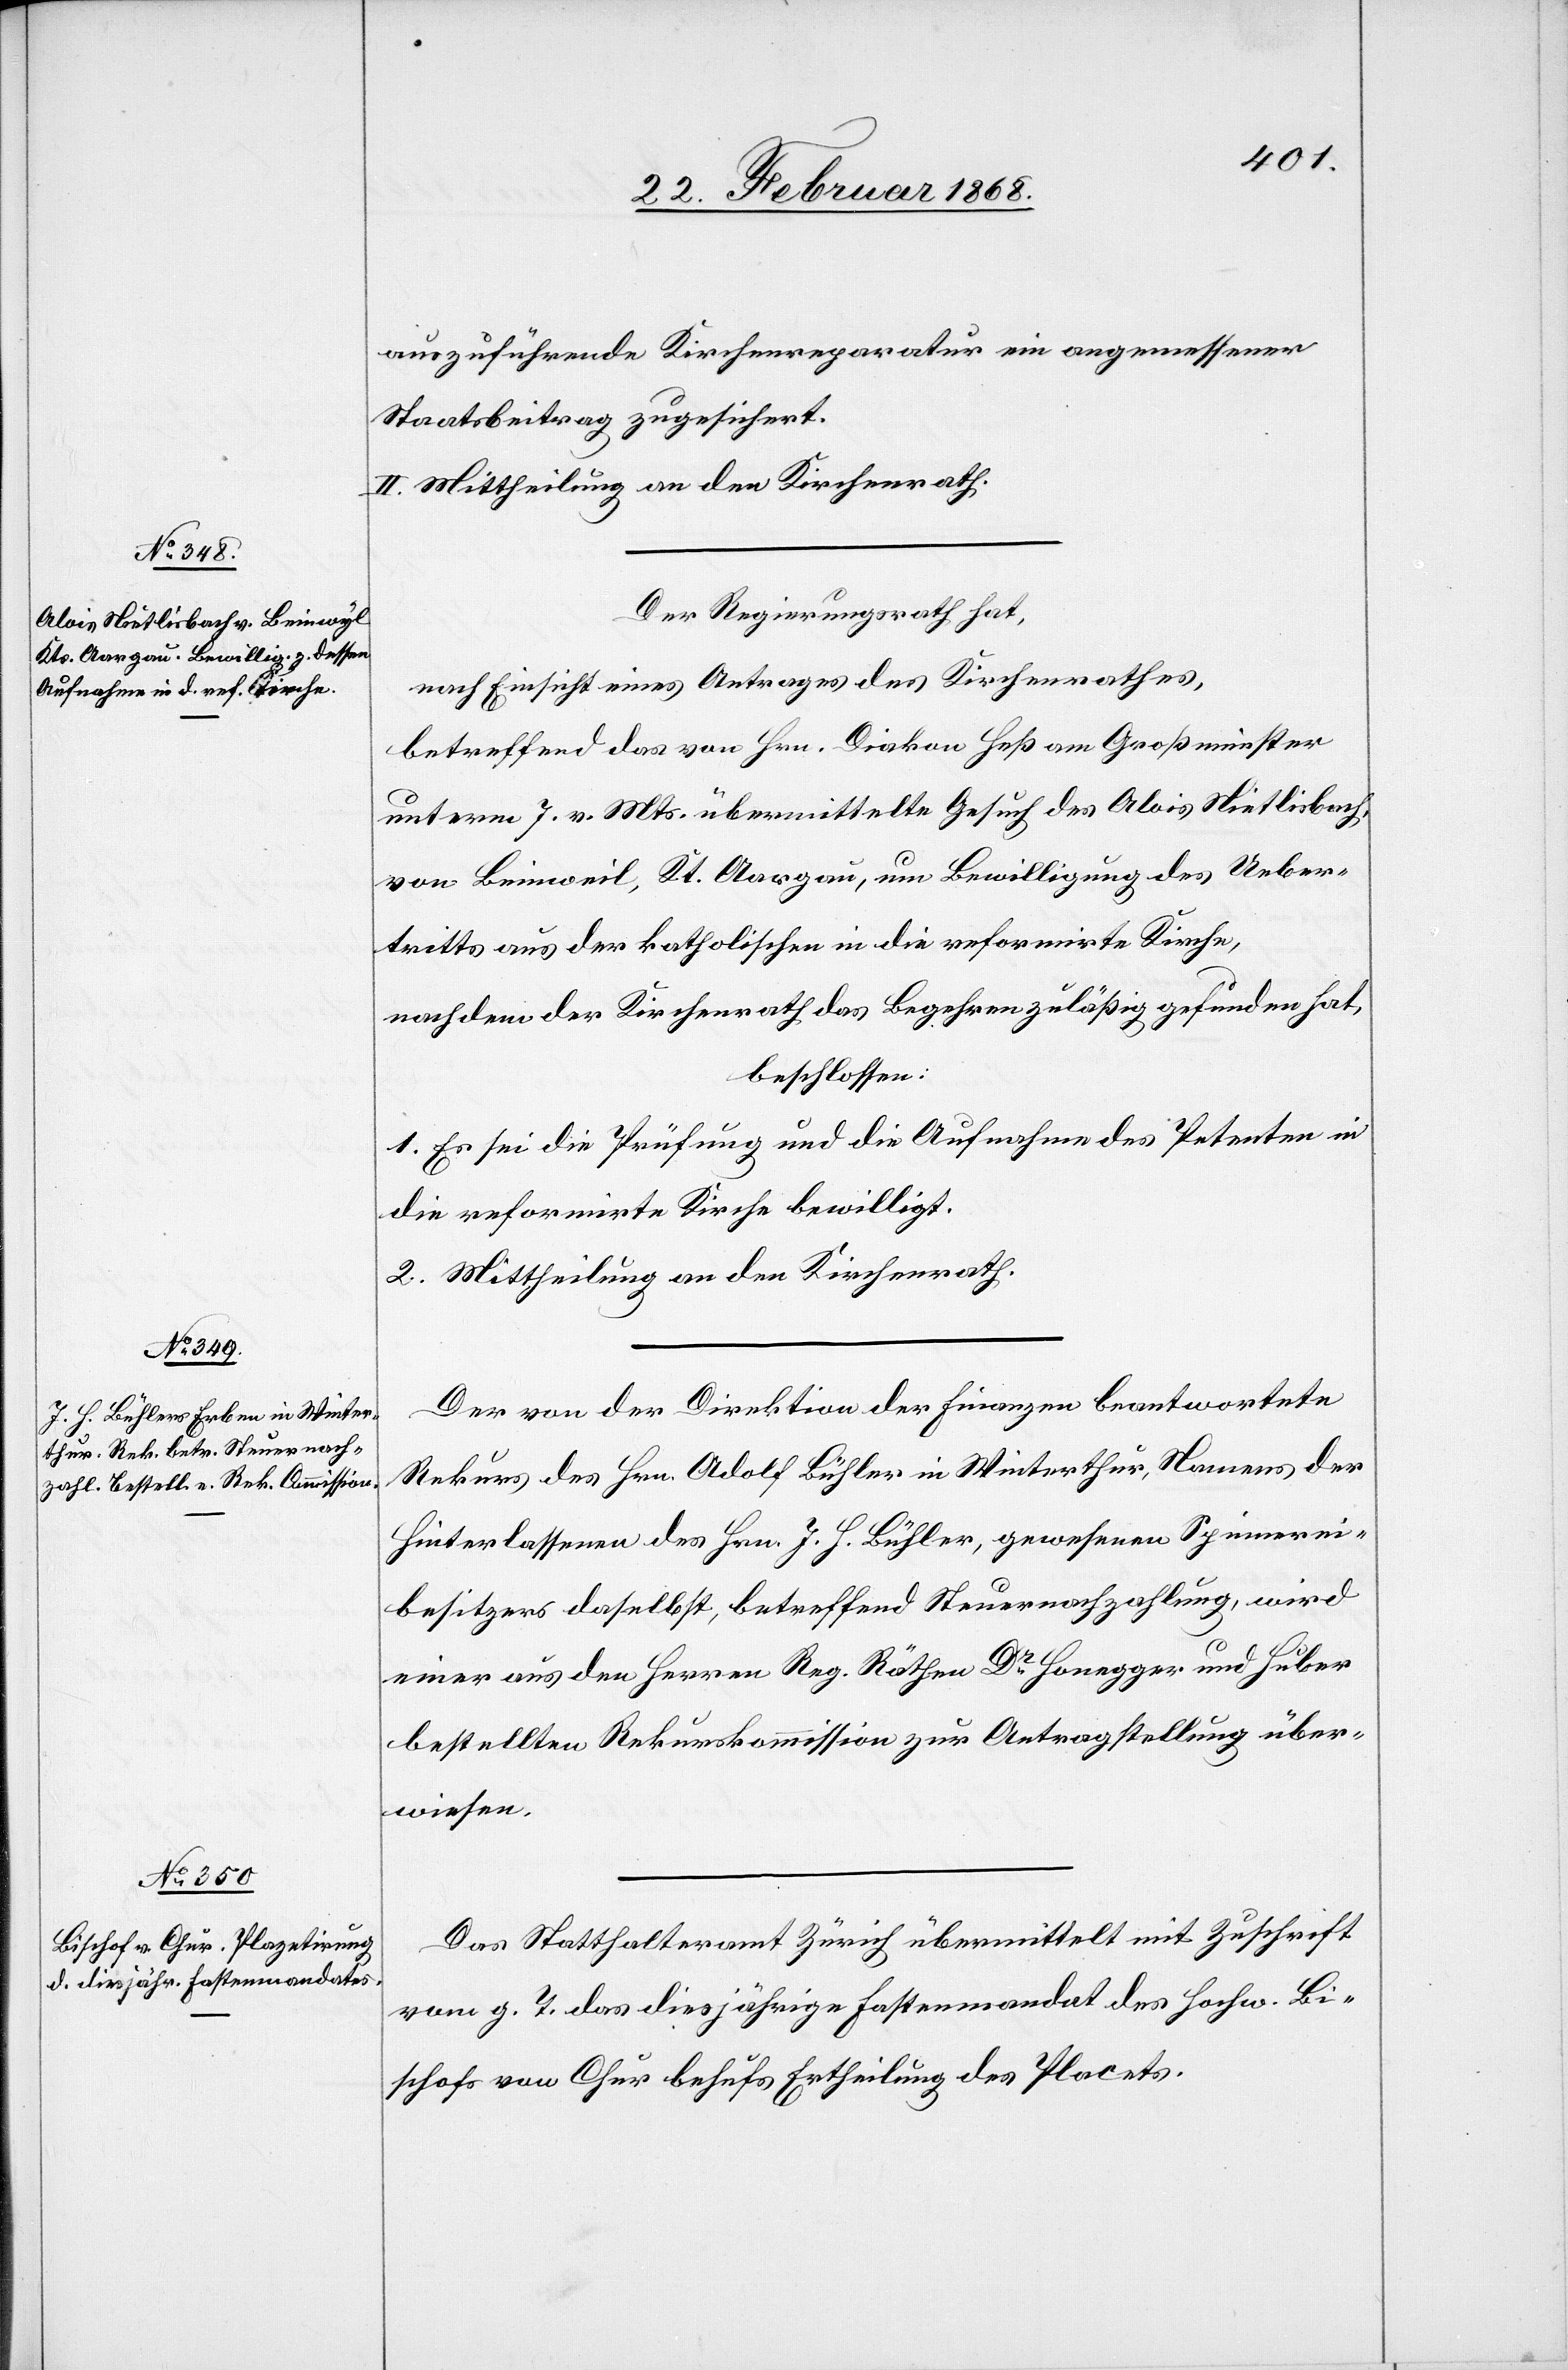
auszuführende Kirchenreparatur ein angemessener
Staatsbeitrag zugesichert.
II. Mittheilung an den Kirchenrath.
Der Regierungsrath hat,
nach Einsicht eines Antrages des Kirchenrathes,
betreffend das von Hrn. Diakon Heß am Großmünster
unterm 7. v. Mts. übermittelte Gesuch des Alois Nietlisbach,
von Beinweil, Kt. Aargau, um Bewilligung des Ueber¬
tritts aus der katholischen in die reformirte Kirche,
nachdem der Kirchenrath das Begehren zuläßig gefunden hat,
beschlossen:
1. Es sei die Prüfung und die Aufnahme des Petenten in
die reformirte Kirche bewilligt.
2. Mittheilung an den Kirchenrath.
Der von der Direktion der Finanzen beantwortete
Rekurs des Hrn. Adolf Bühler in Winterthur, Namens der
Hinterlassenen des Hrn. J. H. Bühler, gewesenen Spinnerei¬
besitzers daselbst, betreffend Steuernachzahlung, wird
einer aus den Herren Reg. Räthen Dr. Honegger und Huber
bestellten Rekurskommission zur Antragstellung über¬
wiesen.
Das Statthalteramt Zürich übermittelt mit Zuschrift
vom g. T. das diesjährige Fastenmandat des hochw. Bi¬
schofs von Chur behufs Ertheilung des Placets.